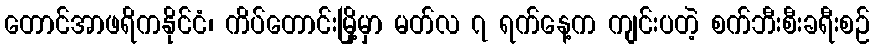
တောင်အာဖရိကနိုင်ငံ၊ ကိပ်တောင်းမြို့မှာ မတ်လ ၇ ရက်နေ့က ကျင်းပတဲ့ စက်ဘီးစီးခရီးစဉ်